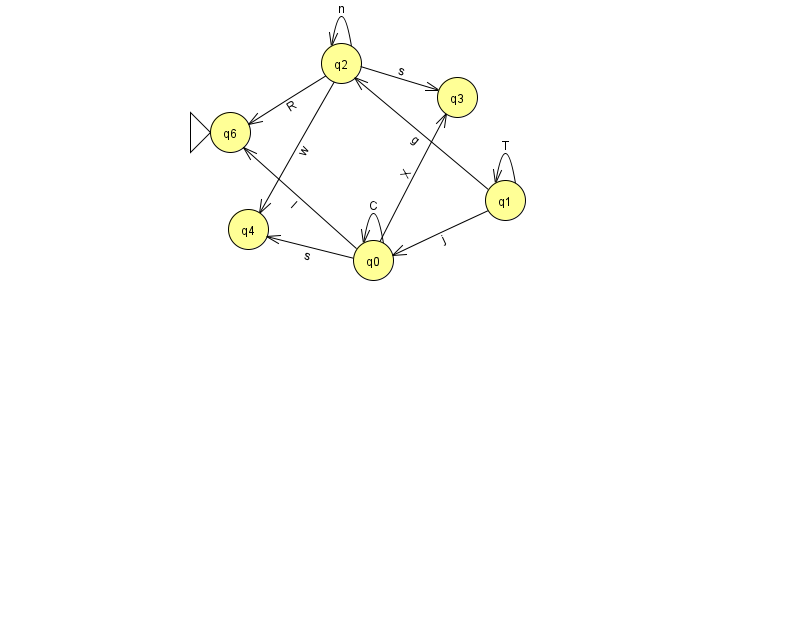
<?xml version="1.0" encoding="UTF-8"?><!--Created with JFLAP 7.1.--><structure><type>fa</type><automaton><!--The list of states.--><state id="0" name="q0"><x>373.0</x><y>247.0</y></state><state id="1" name="q1"><x>505.0</x><y>187.0</y></state><state id="2" name="q2"><x>341.0</x><y>50.0</y></state><state id="3" name="q3"><x>457.0</x><y>84.0</y></state><state id="4" name="q4"><x>248.0</x><y>216.0</y></state><state id="6" name="q6"><x>230.0</x><y>119.0</y><initial/></state><!--The list of transitions.--><transition><from>0</from><to>3</to><read>X</read></transition><transition><from>0</from><to>4</to><read>s</read></transition><transition><from>2</from><to>6</to><read>R</read></transition><transition><from>0</from><to>0</to><read>C</read></transition><transition><from>1</from><to>1</to><read>T</read></transition><transition><from>1</from><to>2</to><read>g</read></transition><transition><from>2</from><to>4</to><read>w</read></transition><transition><from>1</from><to>0</to><read>j</read></transition><transition><from>2</from><to>3</to><read>s</read></transition><transition><from>0</from><to>6</to><read>I</read></transition><transition><from>2</from><to>2</to><read>n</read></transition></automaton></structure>